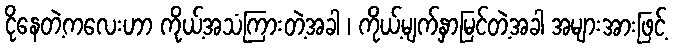
ငိုနေတဲ့ကလေးဟာ ကိုယ့်အသံကြားတဲ့အခါ ၊ ကိုယ့်မျက်နှာမြင်တဲ့အခါ အများအားဖြင့်